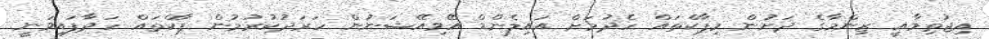
އިޖުތިމާއީ ޒިންމާގެ ދަށުން މިޕާކްތައް ހެދުމަށް އައިލެންޑް އޭވިއޭޝަނުން ހަރަދުކުރުމުން ޕާކްތައް ހަދާފައިވަނީ